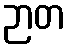
ဉာတ